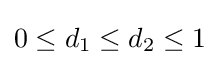
0\leq d_{1}\leq d_{2}\leq 1